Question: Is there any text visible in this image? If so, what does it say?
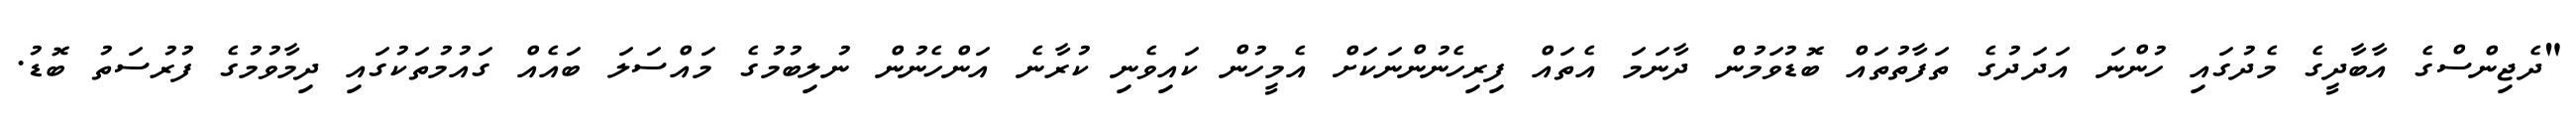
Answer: "ދެޖިންސްގެ އާބާދީގެ މެދުގައި ހުންނަ އަދަދުގެ ތަފާތުތައް ބޮޑުވަމުން ދާނަމަ އެތައް ފިރިހެނުންނަކަށް އެމީހުން ކައިވެނި ކުރާނެ އަންހެނުން ނުލިބުމުގެ މައްސަލަ ބައެއް ގައުމުތަކުގައި ދިމާވުމުގެ ފުރުސަތު ބޮޑު.